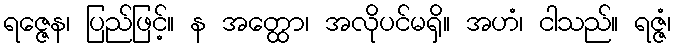
ရဇ္ဇေန၊ ပြည်ဖြင့်။ န အတ္ထော၊ အလိုပင်မရှိ။ အဟံ၊ ငါသည်။ ရဇ္ဇံ၊